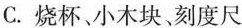
C.烧杯、小木块、刻度尺